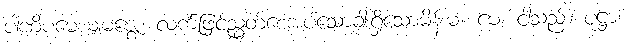
ပါဏိပမေယျမဇ္ဈေ၊ လက်ဖြင့်ညွှတ်စေအပ်သောခါးရှိသောမိန်းမ။ မေ၊ ငါသည်။ ပုဋ္ဌာ၊